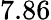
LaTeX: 7.86